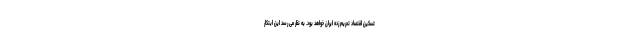
تسکین اقتصاد تحریم زده ایران خواهد بود. به نظر می رسد این ابتکار